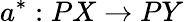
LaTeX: a^{*}:PX\to PY